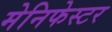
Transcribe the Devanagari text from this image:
मेनिफेस्टर